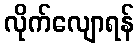
လိုက်လျောရန်